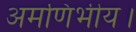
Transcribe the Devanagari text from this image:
अमणिभीय।